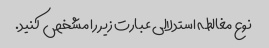
نوع مغالطه استدلالی عبارت زیر را مشخص کنید.